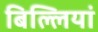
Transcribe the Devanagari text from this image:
बिल्‍लियां